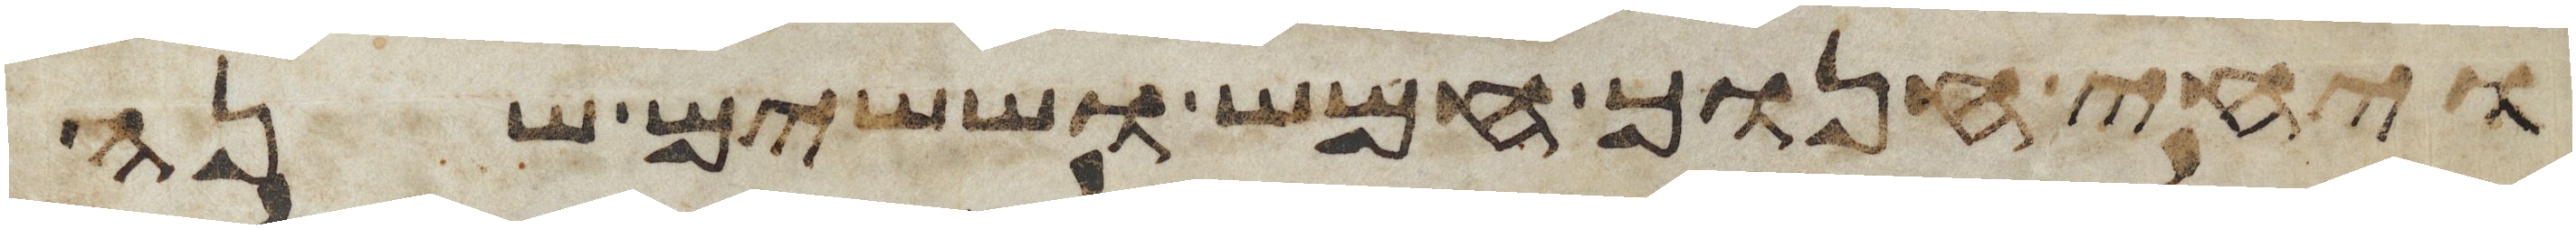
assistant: ויחי חנוך חמש וששים שנה